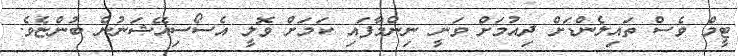
ޓީމް ވެސް ތައިލެންޑަށް ދިއުމަށް ވަނީ ނިންމާފައި ކަމަށް ވޮލީ އެސޯސިއޭޝަނުން ބުންޏެވެ.